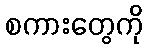
စကားတွေကို